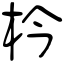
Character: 枔